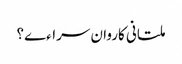
ملتانی کاروان سراءے؟